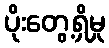
ပိုးတွေ့ရှိမှု